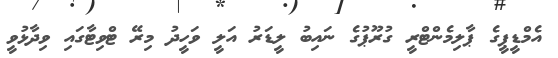
އެމްޑީޕީގެ ޕާލިމެންޓްރީ ގުރޫޕުގެ ނައިބު ލީޑަރު އަލީ ވަހީދު މިރޭ ޓްވިޓާގައި ވިދާޅުވީ